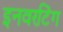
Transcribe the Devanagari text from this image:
इनवरटिंग